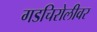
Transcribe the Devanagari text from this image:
गडचिरोलीवर